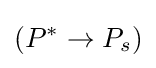
(P^{*}\rightarrow P_{s})